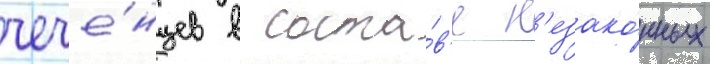
чече́нцев в соста́в'е н'езако́нных